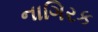
નાગિરક